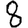
Digit: 8